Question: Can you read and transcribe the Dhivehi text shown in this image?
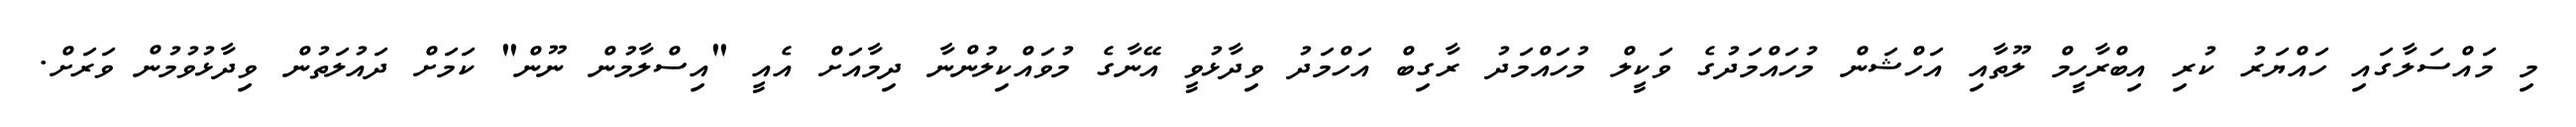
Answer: މި މައްސަލާގައި ހައްޔަރު ކުރި އިބްރާހީމް ލޫތާއި އަހްޝަން މުހައްމަދުގެ ވަކީލް މުހައްމަދު ރާގިބް އަހްމަދު ވިދާޅުވީ އޭނާގެ މުވައްކިލުންނާ ދިމާއަށް އެއީ "އިސްލާމުން ނޫން" ކަމަށް ދައުލަތުން ވިދާޅުވުމުން ވަރަށް.